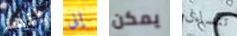
إنها إلى يمكن تتساءل